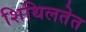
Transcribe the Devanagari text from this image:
शिथिलतेत